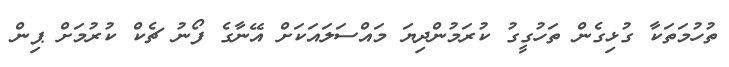
ތުހުމަތަކާ ގުޅިގެން ތަހުގީގު ކުރަމުންދިޔަ މައްސަލައަކަށް އޭނާގެ ފޯނު ޗެކް ކުރުމަށް ޕިން